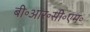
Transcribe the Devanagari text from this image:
बी॰आर॰सी॰एम॰